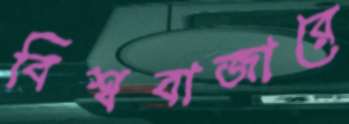
বিশ্ববাজারে